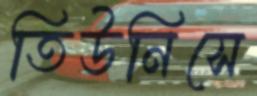
তিউনিসে